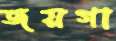
জয়গা